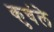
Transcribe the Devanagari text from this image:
कुचंले